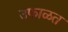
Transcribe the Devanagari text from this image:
उफाळत